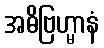
အဓိဗြဟ္မာနံ